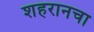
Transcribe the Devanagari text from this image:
शहरानचा